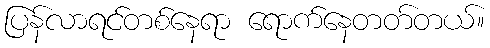
ပြန်လာရင်တစ်နေရာ ရောက်နေတတ်တယ်။